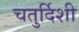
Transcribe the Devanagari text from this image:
चतुर्दिशी